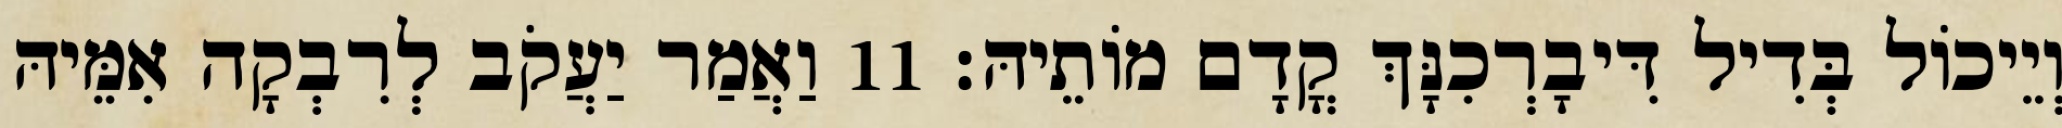
וְיֵיכוֹל בְּדִיל דִּיבָרְכִנָּךְ קֳדָם מוֹתֵיהּ׃ 11 וַאֲמַר יַעֲקֹב לְרִבְקָה אִמֵּיהּ